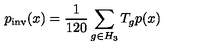
p _ { \mathrm { i n v } } ( x ) = \frac { 1 } { 1 2 0 } \sum _ { g \in H _ { 3 } } T _ { g } p ( x )